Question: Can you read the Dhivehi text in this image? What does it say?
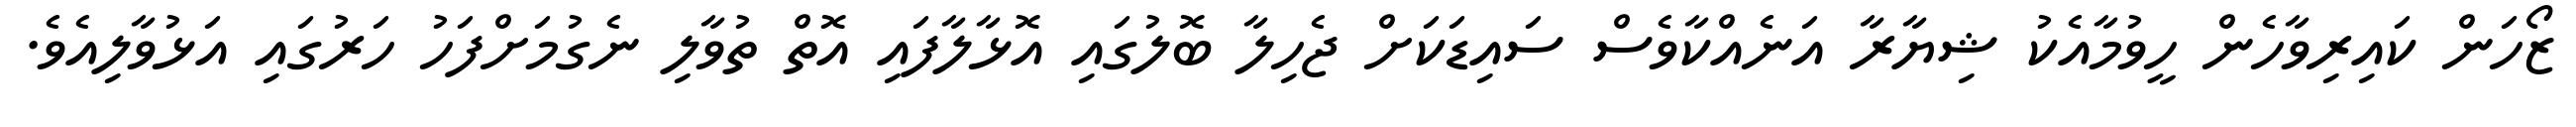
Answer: ޒޯހަން ކައިރިވާހެން ހީވުމާއެކު ޝިޔާރާ އަނެއްކާވެސް ސައިޑަކަށް ޖެހިލާ ބޮލުގައި އޮޅާލާފައި އޮތް ތުވާލި ނެގުމަށްފަހު ހަރުގައި އަޅުވާލިއެވެ.